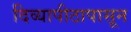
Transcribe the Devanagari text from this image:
दिव्यापीठापासून